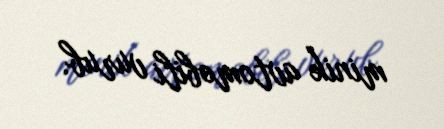
minik avtomobili vurub.